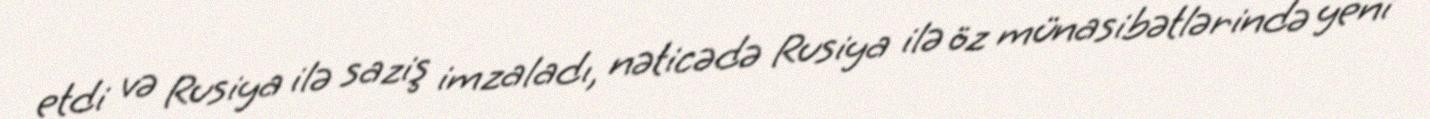
etdi və Rusiya ilə saziş imzaladı, nəticədə Rusiya ilə öz münasibətlərində yeni